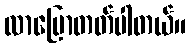
လာပြောတတ်ပါတယ်။